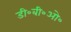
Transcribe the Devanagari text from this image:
डी॰बी॰ओ॰